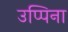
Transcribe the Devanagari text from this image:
उप्पिना